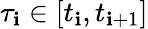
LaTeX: \tau_{\mathbf{i}}\in[t_{\mathbf{i}},t_{\mathbf{i}+1}]